Indian journal of veterinary science and animal husbandry - Volume 3,
Year: 1933
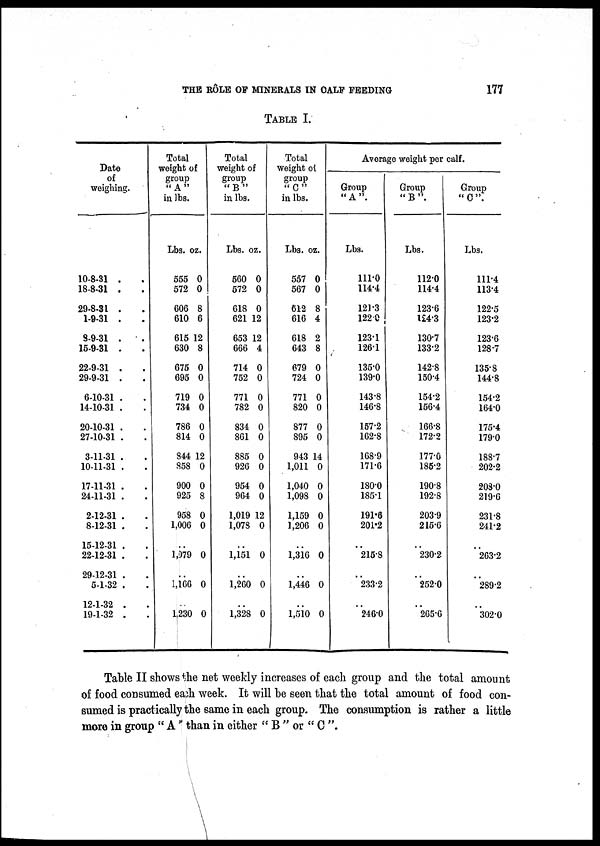
THE RÔLE OF MINERALS IN CALF FEEDING
177
TABLE I.
Date
of
weighing.
10-8-31 . .
18-8-31 . .
29-8-31 . .
1-9-31 . .
8-9-31 . .
15-9-31 . .
22-9-31 . .
29-9-31 . .
6-10-31 . .
14-10-31 . .
20-10-31 . .
27-10-31 . .
3-11-31 . .
10-11-31 . .
17-11-31 . .
24-11-31 . .
2-12-31 . .
8-12-31 . .
15-12-31 . .
22-12-31 . .
29-12-31 . .
5-1-32 . .
12-1-32 . .
19-1-32 . .
Total
weight of
group
" A "
in lbs.
Lbs. oz.
555 0
572 0
606 8
610 6
615 12
630 8
675 0
695 0
719 0
734 0
786 0
814 0
844 12
858 0
900 0
925 8
958 0
1,006 0
. .
1,079 0
. .
1,166 0
. .
1,230 0
Total
weight of
group
"B"
in lbs.
Lbs. oz.
560 0
572 0
618 0
621 12
653 12
666 4
714 0
752 0
771 0
782 0
834 0
861 0
885 0
926 0
954 0
964 0
1,019 12
1,078 0
. .
1,151 0
. .
1,260 0
. .
1,328 0
Total
weight of
group
"C"
in lbs.
Lbs. oz.
557 0
567 0
612 8
616 4
618 2
643 8
679 0
724 0
771 0
820 0
877 0
895 0
943 14
1,011 0
1,040 0
1,098 0
1,159 0
1,206 0
. .
1,316 0
..
1,446 0
. .
1,510 0
Average weight per calf.
Group
"A".
Lbs.
111.0
114.4
121.3
122.9
123.1
126.1
135.0
139.0
143.8
146.8
157.2
162.8
168.9
171.6
180.0
185.1
191.8
201.2
. .
215.8
. .
233.2
. .
246.0
Group
" B ".
Lbs.
1120
114.4
123.6
124.3
130.7
133.2
142.8
150.4
154.2
156.4
166.8
172.2
177.0
185.2
190.8
192.8
203.9
215.6
. .
230.2
. .
252.0
. .
265.6
Group
" C ".
Lbs.
111.4
113.4
122.5
123.2
123.6
128.7
135.8
144.8
154.2
164.0
175.4
179.0
188.7
202.2
208.0
219.6
231.8
241.2
. .
263.2
. .
289.2
. .
302.0
Table II shows the net weekly increases of each group and the total amount
of food consumed each week. It will be seen that the total amount of food con-
sumed is practically the same in each group. The consumption is rather a little
more in group " A " than in either " B " or " C ".